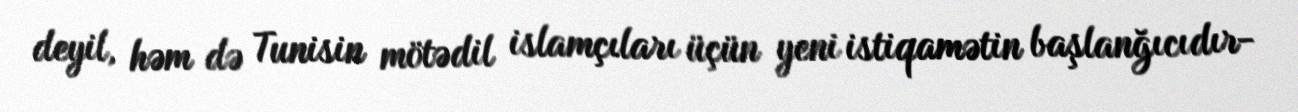
deyil, həm də Tunisin mötədil islamçıları üçün yeni istiqamətin başlanğıcıdır-